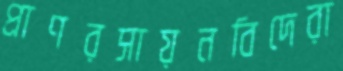
প্রাণরসায়নবিদেরা